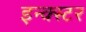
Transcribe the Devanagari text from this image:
इन्क्स्टर